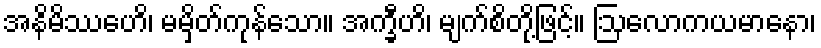
အနိမိဿေဟိ၊ မမှိတ်ကုန်သော။ အက္ခီဟိ၊ မျက်စိတို့ဖြင့်။ ဩလောကယမာနော၊